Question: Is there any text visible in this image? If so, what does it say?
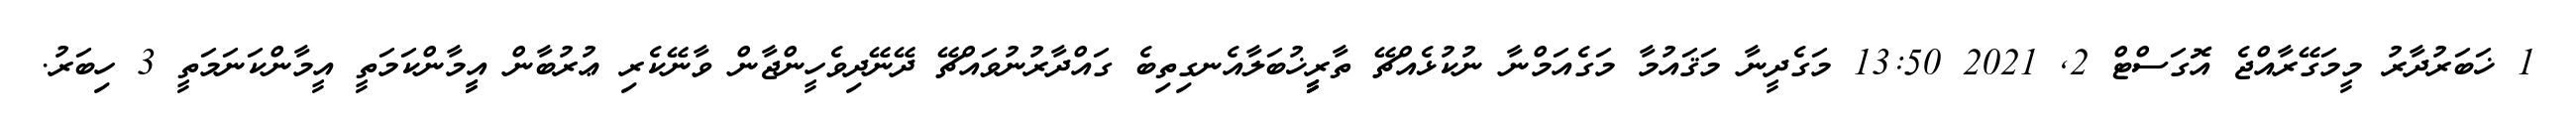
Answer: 1 ޚަބަރުދާރު މީމަގޭރާއްޖެ އޮގަސްޓް 2, 2021 13:50 މަގެދީނާ މަޤައުމާ މަގެއަމްނާ ނުކުޅެއްޗޭ ތާރީީީީޚުބަލާއެނގިތިބެ ގައްދާރުނުވައްޗޭ ދޭނޭދިވެހީންޖާން ވާނޭކެރި ޢުރުބާން އީީމާންކަމަތީ އީމާންކަނަމަތީ 3 ހިބަރު.